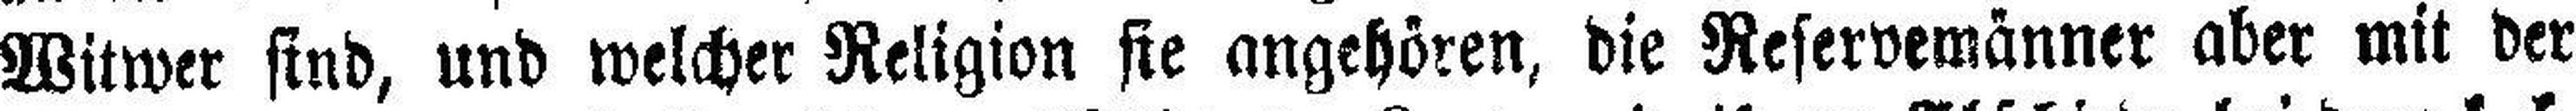
Witwer sind, und welcher Religion sie angehören, die Reservemänner aber mit der